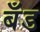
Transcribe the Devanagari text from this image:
बॅँड